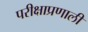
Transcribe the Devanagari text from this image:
परीक्षाप्रणाली